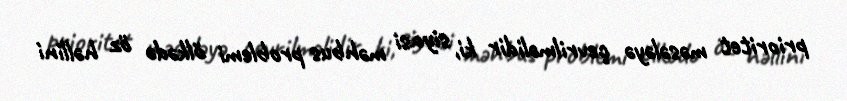
prioritet məsələyə çevrilməlidir ki, siyasi məhbus problemi ölkədə öz həllini